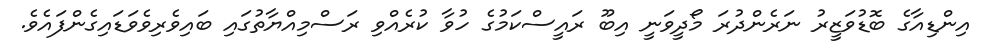
އިންޑިއާގެ ބޮޑުވަޒީރު ނަރެންދުރަ މޯދީވަނީ އިބޫ ރައީސްކަމުގެ ހުވާ ކުރެއްވި ރަސްމިއްޔާތުގައި ބައިވެރިވެވަޑައިގެންފައެވެ.